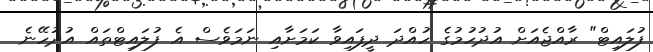
ފުލައިޓް" ރާއްޖެއަށް އުދުހުމުގެ ހުއްދަ ދީފައިވާ ކަމަށާއި ނަމަވެސް އެ ފުލައިޓްތައް އުދުހޭނެ